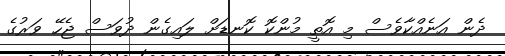
ދެން އަނެއްކާވެސް މި އޮތީ މުންކޮ ކޮނޑަށް ލައިގެން ދުވަސް ޖެހޭ ވަރުގެ